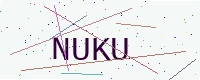
Text: NUKU